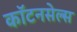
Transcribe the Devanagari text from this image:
कॉटनसेल्स